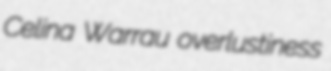
Celina Warrau overlustiness